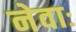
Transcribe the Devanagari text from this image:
नेवाः